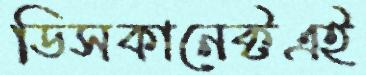
ডিসকানেক্টএই